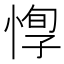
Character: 惸